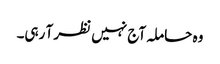
وہ حاملہ آج نہیں نظر آ رہی۔